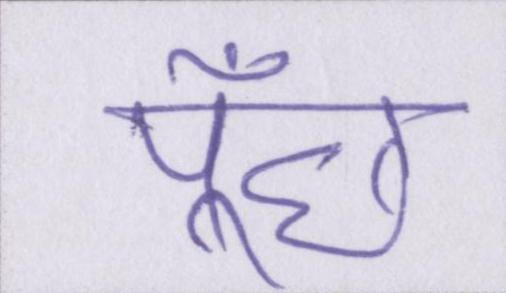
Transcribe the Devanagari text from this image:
पूँछ